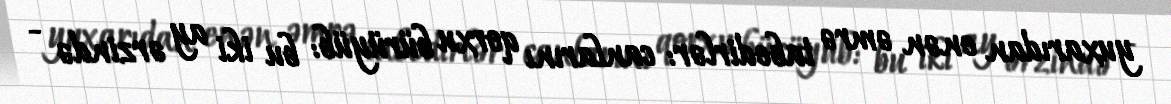
yuxarıdan enən əmrə tabedirlər: canlarını qorxu bürüyüb: bu iki ay ərzində -